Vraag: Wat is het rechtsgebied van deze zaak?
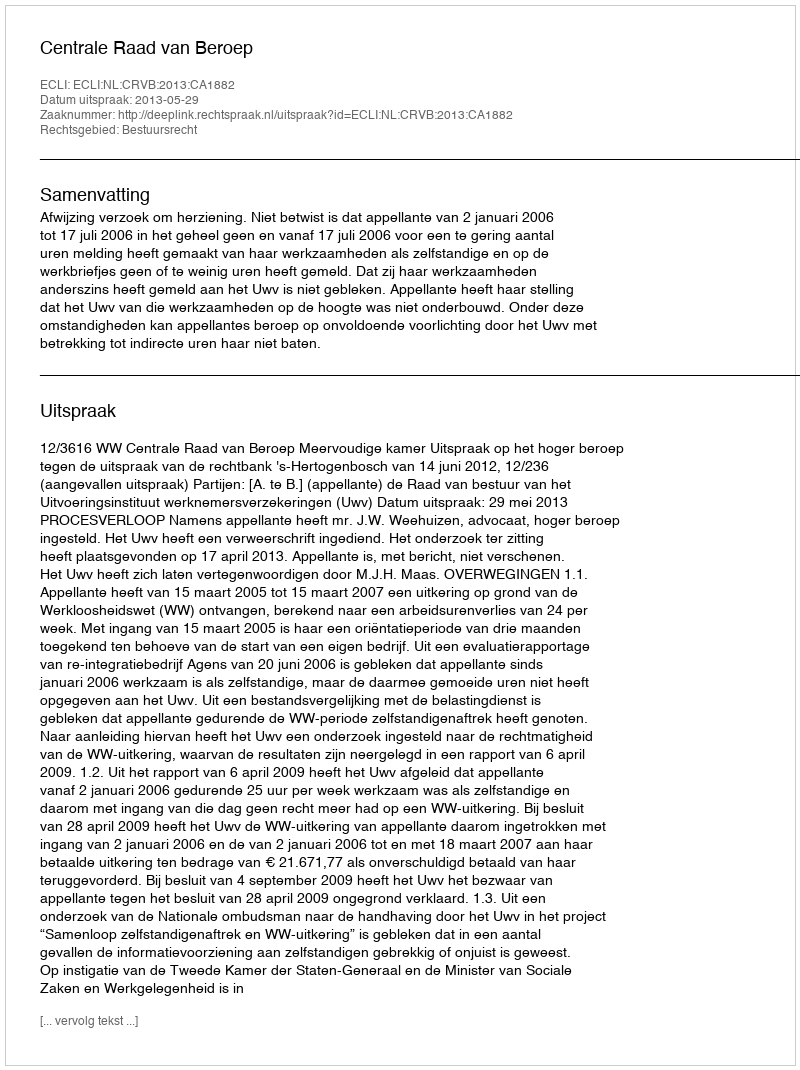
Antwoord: Bestuursrecht